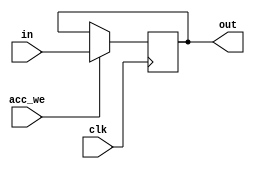
`timescale 1ns / 1ps
//////////////////////////////////////////////////////////////////////////////////
// Company: 
// Engineer: 
// 
// Design Name: 
// Module Name: MyACC
// Project Name: 
// Target Devices: 
// Tool Versions: 
// Description: 
// 
// Dependencies: 
// 
// Revision:
// Revision 0.01 - File Created
// Additional Comments:
// 
//////////////////////////////////////////////////////////////////////////////////


module MyACC(
    input wire clk, acc_we,
    input wire [7:0] in,
    output wire [7:0] out
    );
    reg [7:0] acc;
    initial begin
        acc = 8'b0000000;
    end
    
    assign out = acc;
    
    always@(negedge clk)    begin
        if(acc_we == 1)
            acc = in;
        end
      
endmodule